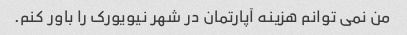
من نمی توانم هزینه آپارتمان در شهر نیویورک را باور کنم.